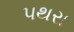
પથરા